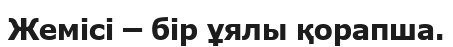
Жемісі – бір ұялы қорапша.